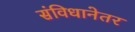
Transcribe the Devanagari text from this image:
संविधानेतर